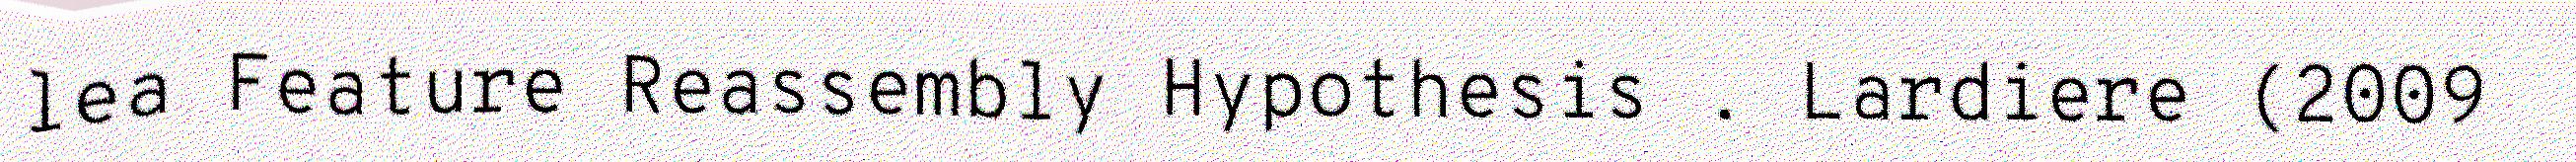
lea Feature Reassembly Hypothesis . Lardiere (2009